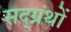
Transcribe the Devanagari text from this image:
सद्ग्रंथों